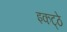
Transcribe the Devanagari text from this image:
इकट्‍ठे